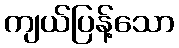
ကျယ်ပြန့်သော